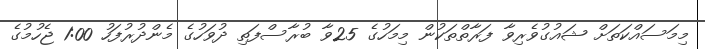
މިމަސައްކަތަށް ޝައުގުވެރިވާ ފަރާތްތަކުން މިމަހުގެ 25ވާ ބުރާސްފަތި ދުވަހުގެ މެންދުރުފަހު 1:00 ޖެހުމުގެ